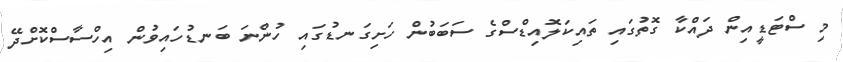
މި ސްޓަޑީއިން ދައްކާ ގޮތުގައި ތައިކަލޮއިޑްސްގެ ސަބަބުން ހަށިގަނޑުގައި ހުންނަ ބަނޑުހައިވުން އިހްސާސްކޮށްދޭ